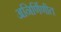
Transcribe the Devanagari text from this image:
अनिर्णिणीत